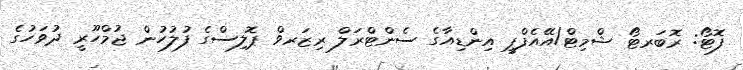
ފޮޓޯ: ރޮބަރޓޯ ޝްމިޓް/އޭއެފްޕީ އިންޑިއާގެ ސެންޓްރަލް ރިޒަރވް ޕޮލިސްގެ ފުލުހުން ޖުމްހޫރީ ދުވަހުގެ